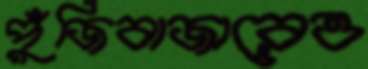
পুঁজিবাজারেও